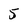
Character: 5